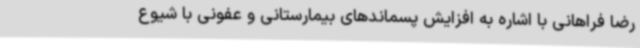
رضا فراهانی با اشاره به افزایش پسماندهای بیمارستانی و عفونی با شیوع